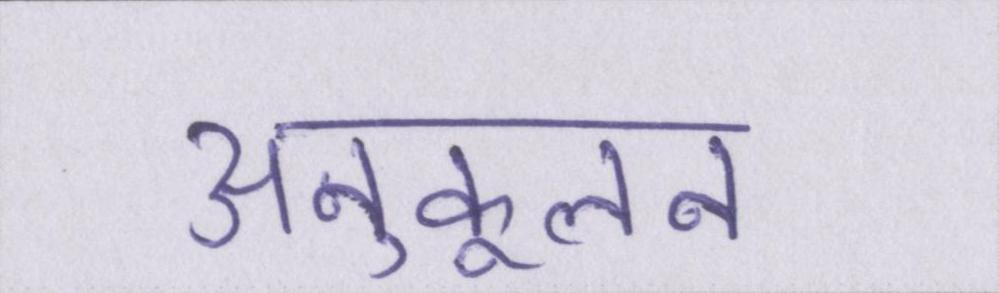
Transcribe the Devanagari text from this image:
अनुकूलन